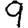
Digit: 9